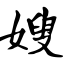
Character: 嫂